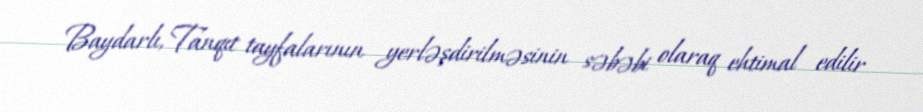
Baydarlı, Tanqıt tayfalarının yerləşdirilməsinin səbəbi olaraq ehtimal edilir